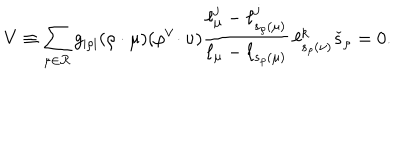
V \equiv \sum _ { \mu \in { \mathcal R } } g _ { | \rho | } ( \rho \cdot \mu ) ( \rho ^ { \vee } \! \cdot \nu ) \frac { \ell _ { \mu } ^ { j } - \ell _ { s _ { \rho } ( \mu ) } ^ { j } } { \ell _ { \mu } - \ell _ { s _ { \rho } ( \mu ) } } \, \ell _ { s _ { \rho } ( \nu ) } ^ { k } \check { s } _ { \rho } = 0 .